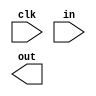
module top_module (
    input clk,
    input in, 
    output out);

    reg d;
    reg q;

    always @(posedge clk) begin
        d <= in;
        q <= d;
    end

endmodule